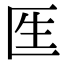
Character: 𠤵